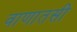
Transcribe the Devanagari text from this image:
वाणातसी